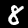
Label: 8